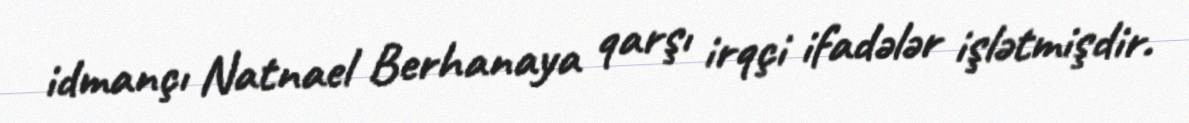
idmançı Natnael Berhanaya qarşı irqçi ifadələr işlətmişdir.